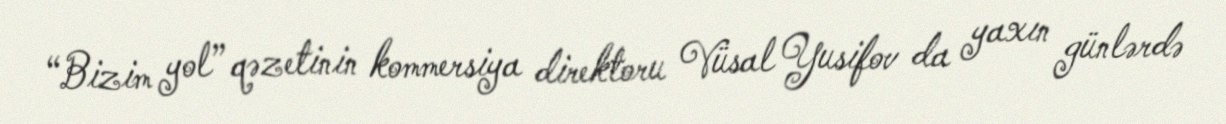
“Bizim yol” qəzetinin kommersiya direktoru Vüsal Yusifov da yaxın günlərdə